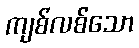
ကျစ်လစ်သော